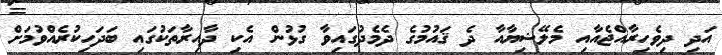
އަދި ދިވެހިރާއްޖެއާއި މެލޭޝިޔާއާ ދެ ޤައުމުގެ ދެމެދުގައިވާ ގުޅުން އެކި ދާއިރާތަކުގައި ބަދަހިކުރެއްވުމަށް